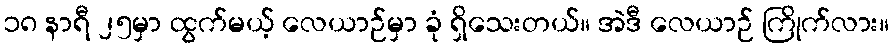
၁၈ နာရီ ၂၅မှာ ထွက်မယ့် လေယာဉ်မှာ ခုံ ရှိသေးတယ်။ အဲဒီ လေယာဉ် ကြိုက်လား။